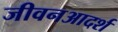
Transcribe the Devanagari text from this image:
जीवनआदर्श